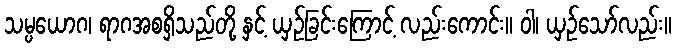
သမ္ပယောဂ၊ ရာဂအစရှိသည်တို့ နှင့် ယှဉ်ခြင်းကြောင့် လည်းကောင်း။ ဝါ၊ ယှဉ်သော်လည်း။